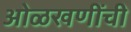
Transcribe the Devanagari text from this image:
ओळखणींची